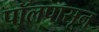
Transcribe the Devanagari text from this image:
पॉलपासून